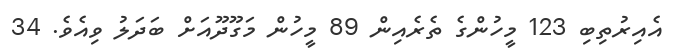
އެއިރުތިބި 123 މީހުންގެ ތެރެއިން 89 މީހުން މަގޫދޫއަށް ބަދަލު ވިއެވެ. 34